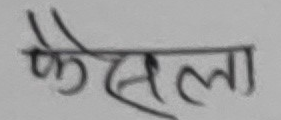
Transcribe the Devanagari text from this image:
फैसला